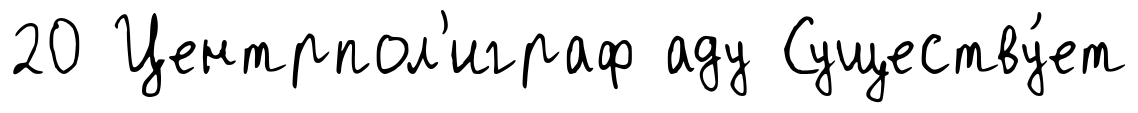
20 Центрпол'играф аду Существу́ет